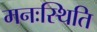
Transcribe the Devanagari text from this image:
मनःस्‍थिति